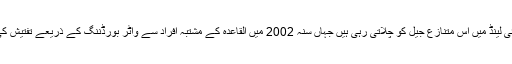
وہ تھائی لینڈ میں اس متنازع جیل کو چلاتی رہی ہیں جہاں سنہ 2002 میں القاعدہ کے مشتبہ افراد سے واٹر بورڈننگ کے ذریعے تفتیش کی گئی۔